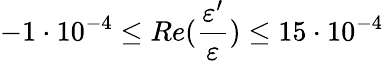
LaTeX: -1\cdot 10^{-4}\leq Re(\frac{\varepsilon^{\prime}}{\varepsilon})\leq 15\cdot 10^{-4}